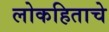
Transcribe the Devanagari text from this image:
लोकहिताचे